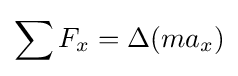
\sum F_{x}=\Delta (ma_{x})